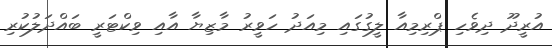
އުރީދޫ ދިވެހި ޕްރިމިއާ ލީގުގައި މިއަދު ހަވީރު މާޒިޔާ އާއި ވިކްޓަރީ ބައްދަލުކުރި